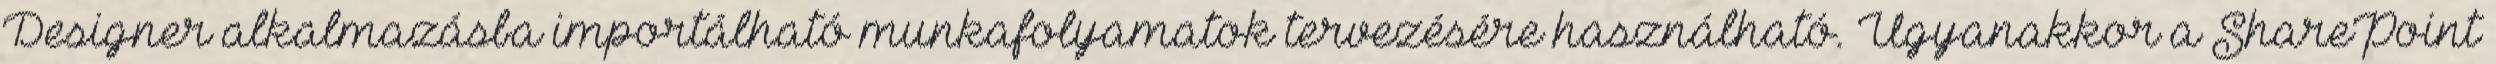
Designer alkalmazásba importálható munkafolyamatok tervezésére használható. Ugyanakkor a SharePoint